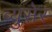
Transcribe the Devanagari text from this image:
ब्युसेर